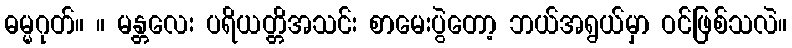
ဓမ္မဂုတ်။ ။ မန္တလေး ပရိယတ္တိအသင်း စာမေးပွဲတော့ ဘယ်အရွယ်မှာ ဝင်ဖြစ်သလဲ။